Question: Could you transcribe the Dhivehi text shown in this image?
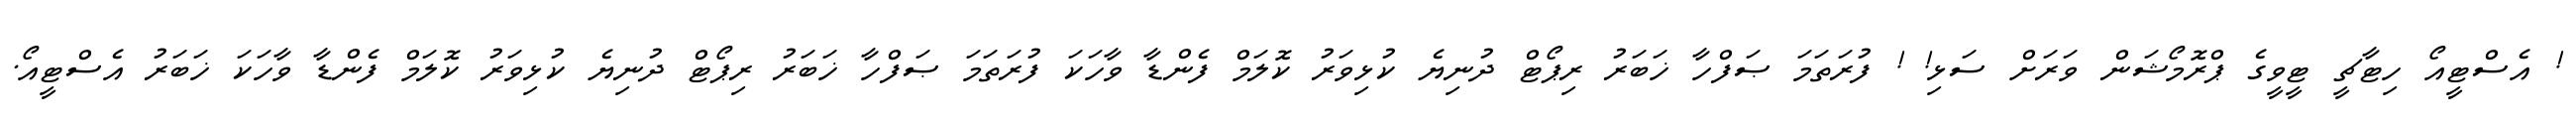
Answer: ! އެސްޓީއޯ ހިޓާޗީ ޓީވީގެ ޕްރޮމޯޝަން ވަރަށް ސަޅި! ! ފުރަތަމަ ޞަފްހާ ޚަބަރު ރިޕޯޓް ދުނިޔެ ކުޅިވަރު ކޮލަމް ފެންޑާ ވާހަކަ ފުރަތަމަ ޞަފްހާ ޚަބަރު ރިޕޯޓް ދުނިޔެ ކުޅިވަރު ކޮލަމް ފެންޑާ ވާހަކަ ޚަބަރު އެސްޓީއޯ.